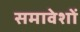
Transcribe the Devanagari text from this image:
समावेशों